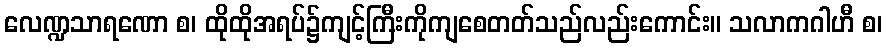
လေဏ္ဍသာရဏော စ၊ ထိုထိုအရပ်၌ကျင့်ကြီးကိုကျစေတတ်သည်လည်းကောင်း။ သလာကဂါဟီ စ၊